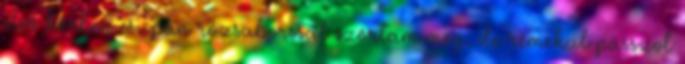
első körben csupán rózsaborssal szórtam meg, de remekül passzol